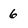
Character: 6